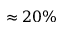
\approx 2 0 \%